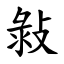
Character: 㪖